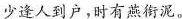
少逢人到户，时有燕衔泥。